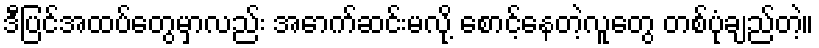
ဒီပြင်အထပ်တွေမှာလည်း အောက်ဆင်းမလို့ စောင့်နေတဲ့လူတွေ တစ်ပုံချည်တဲ့။